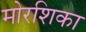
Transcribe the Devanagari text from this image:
मोरशिका